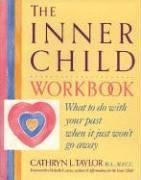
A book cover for The Inner Child Workbook (Inner Workbooks); Cathryn L. Taylor; Self-Help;